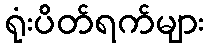
ရုံးပိတ်ရက်များ